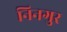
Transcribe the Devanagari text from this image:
निनगुर